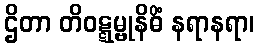
ဌိတာ တိဝဋ္ဋမ္ဗုနိဓိံ နရာနရာ၊